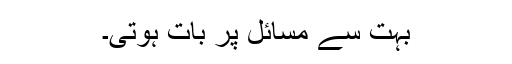
بہت سے مسائل پر بات ہوتی۔